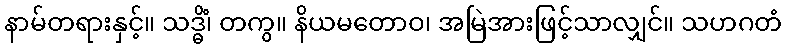
နာမ်တရားနှင့်။ သဒ္ဓိံ၊ တကွ။ နိယမတောဝ၊ အမြဲအားဖြင့်သာလျှင်။ သဟဂတံ